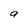
Character: 9